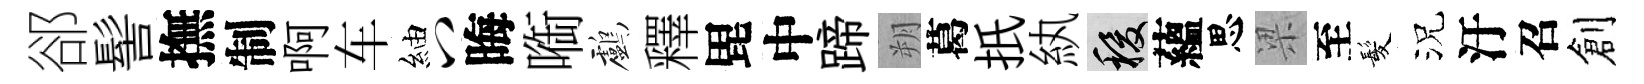
郤髻撫制啊车紬八晦㗸鸕釋毘中蹄朔葛扺紈稷蘊思梁至髪況汙召創